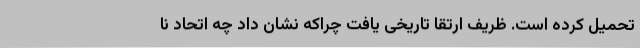
تحمیل کرده است. ظریف ارتقا تاریخی یافت چراکه نشان داد چه اتحاد نا